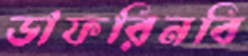
ডাফরিনবি